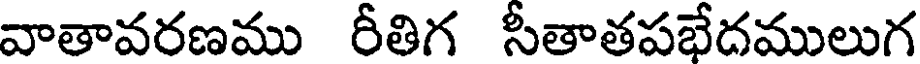
వాతావరణము రీతిగ సీతాతపభేదములుగ